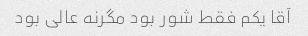
آقا یکم فقط شور بود مگرنه عالی بود